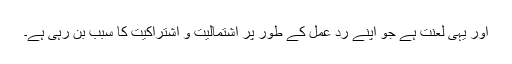
اور یہی لعنت ہے جو اپنے رد عمل کے طور پر اشتمالیت و اشتراکیت کا سبب بن رہی ہے۔